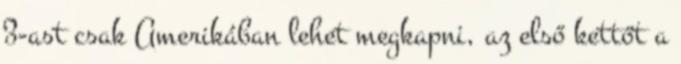
3-ast csak Amerikában lehet megkapni, az első kettőt a